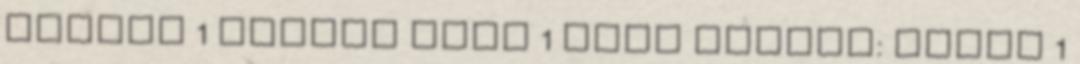
holnap 1 Zsuzsi dala 1 Zúgó Róbert: Jutni 1